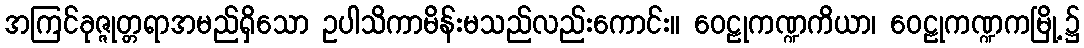
အကြင်ခုဇ္ဇုတ္တရာအမည်ရှိသော ဥပါသိကာမိန်းမသည်လည်းကောင်း။ ဝေဠုကဏ္ဍကိယာ၊ ဝေဠုကဏ္ဍကမြို့၌